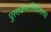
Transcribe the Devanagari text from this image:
पुस्तकमालिकेतल्या